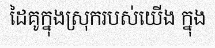
ដៃគូក្នុងស្រុករបស់យើង ក្នុង